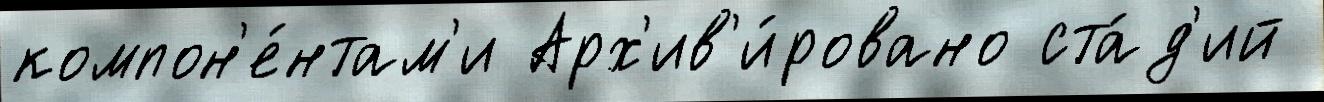
компон'е́нтам'и Арх'ив'и́ровано ста́д'ий